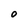
Character: O